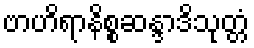
ဗာဟိရာနိစ္စဆန္ဒာဒိသုတ္တံ